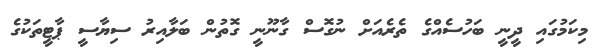
މިކަމުގައި ދީނީ ބަހުސެއްގެ ތެރެއަށް ނުގޮސް ގާނޫނީ ގޮތުން ބަލާއިރު ސިޔާސީ ޕާޓީތަކުގެ